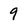
Character: 9